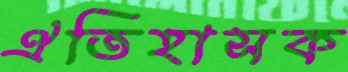
ঐতিহাসক